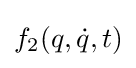
f_{2}(q,{\dot {q}},t)